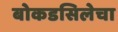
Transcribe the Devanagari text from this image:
बोकडसिलेचा